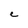
Character: e